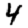
Digit: 4